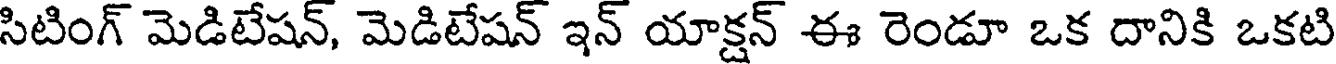
సిటింగ్ మెడిటేషన్, మెడిటేషన్ ఇన్ యాక్షన్ ఈ రెండూ ఒక దానికి ఒకటి